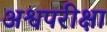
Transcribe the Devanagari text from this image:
अश्वपरीक्षा